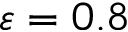
\varepsilon = 0 . 8